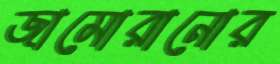
জামোরানোর